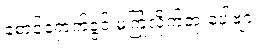
စောင့်ရှောက်ခွင့် မကြုံလိုက်ဘူးပေါ့ဗျာ။